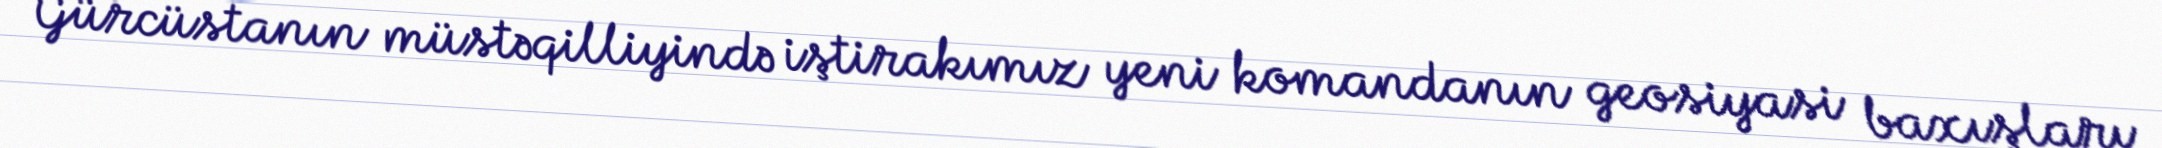
Gürcüstanın müstəqilliyində iştirakımız yeni komandanın geosiyasi baxışları